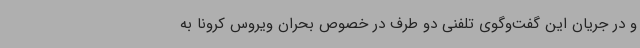
و در جریان این گفت‌وگوی تلفنی دو طرف در خصوص بحران ویروس کرونا به